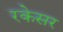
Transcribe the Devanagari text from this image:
रकेसर